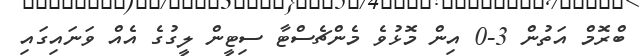
ބްރޮމް އަތުން 3-0 އިން މޮޅުވެ މެންޗެސްޓާ ސިޓީން ލީގުގެ އެއް ވަނައިގައި